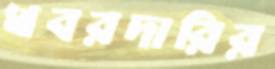
খবরদারির